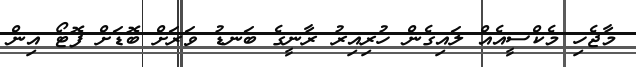
މާޖެހި މެކްސީއެއް ލައިގެން ހުރިއިރު ރާނީގެ ބަނޑު ވަރަށް ބޮޑަށް ފޮޓޯ އިން